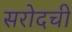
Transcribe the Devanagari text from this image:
सरोदची